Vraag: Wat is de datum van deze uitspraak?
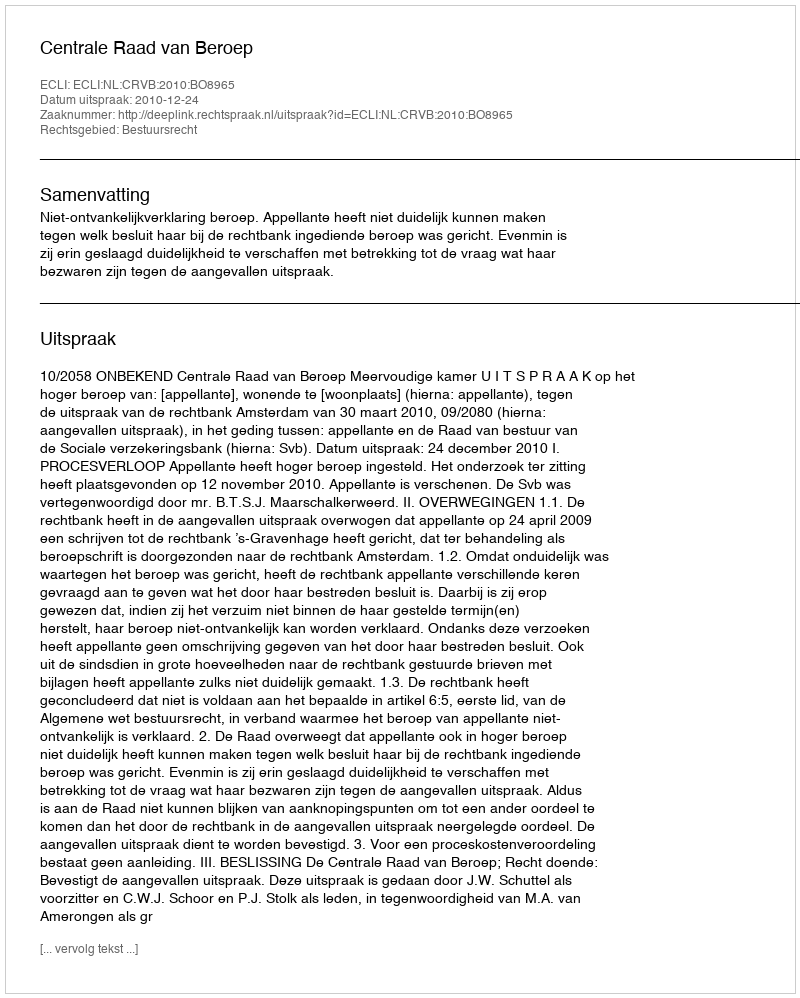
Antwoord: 2010-12-24